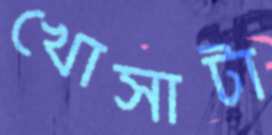
খোসাটা